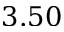
3 . 5 0